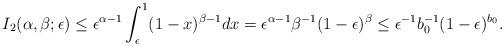
LaTeX: \begin{align*}I_2(\alpha,\beta;\epsilon)\le \epsilon^{\alpha-1} \int_\epsilon^1 (1-x)^{\beta-1}dx =\epsilon^{\alpha-1} \beta^{-1} (1-\epsilon)^\beta \le \epsilon^{-1} b_0^{-1} (1-\epsilon)^{b_0}.\end{align*}